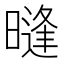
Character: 𰖧